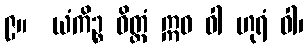
၉။  ယံကိဉ္စ ဝိတ္တံ ဣဓ ဝါ ဟုရံ ဝါ၊